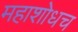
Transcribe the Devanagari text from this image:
महाशोधच